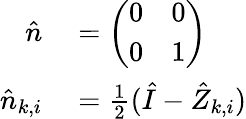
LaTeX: \begin{array}{rl}{\hat{n}}&{{}=\left(\begin{array}{ll}{0}&{0}\\ {0}&{1}\end{array}\right)}\\ {\hat{n}_{k,i}}&{{}=\frac{1}{2}(\hat{I}-\hat{Z}_{k,i})}\end{array}